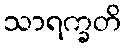
သာရက္ခတိ